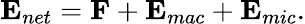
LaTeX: {\mathbf{E}}_{net}={\mathbf{F}}+{\mathbf{E}}_{mac}+{\mathbf{E}}_{mic}.